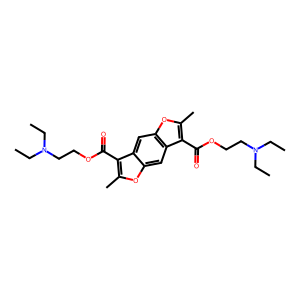
SMILES: CCN(CC)CCOC(=O)c1c(C)oc2cc3c(C(=O)OCCN(CC)CC)c(C)oc3cc12
Inhibits HIV replication: No